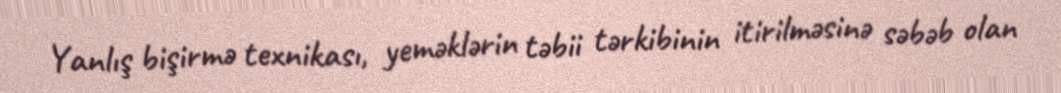
Yanlış bişirmə texnikası, yeməklərin təbii tərkibinin itirilməsinə səbəb olan